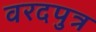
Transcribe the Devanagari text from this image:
वरदपुत्र